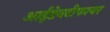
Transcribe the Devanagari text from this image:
आईडेनटीफायर